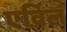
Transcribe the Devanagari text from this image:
एर्विल